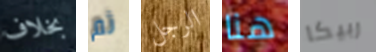
بخلاف ثم الرجل هنا ربيكا